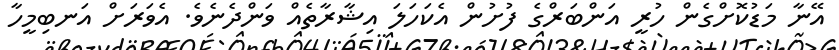
އޭނާ މަޑުކޮށްގެން ހުރީ އަންބަރްގެ ފުށުން އެކަހަލަ އިޝާރާތެއް ވަންދެނެވެ. އެވަރަށް އަނބިމީހާ